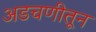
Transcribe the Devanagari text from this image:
अडचणीतून